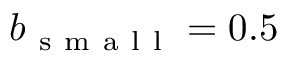
b _ { \mathrm { ~ s ~ m ~ a ~ l ~ l ~ } } = 0 . 5